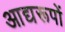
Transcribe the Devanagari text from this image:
आद्यरूपों